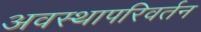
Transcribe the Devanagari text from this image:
अवस्थापरिवर्तन